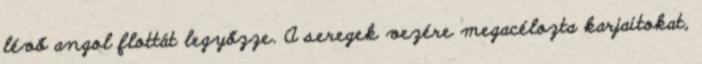
lévő angol flottát legyőzze. A seregek vezére megacélozta karjaitokat,